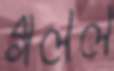
গলল